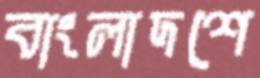
বাংলাদশে